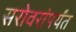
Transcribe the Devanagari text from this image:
सरोवरांपर्यंत